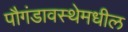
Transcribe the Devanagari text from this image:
पौगंडावस्थेमधील